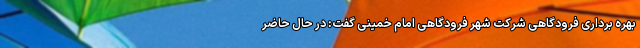
بهره برداری فرودگاهی شرکت شهر فرودگاهی امام خمینی گفت: در حال حاضر